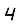
Digit: 4